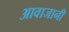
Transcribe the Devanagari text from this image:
आवाजानी